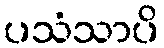
ပသံသာပိ